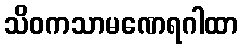
သိဝကသာမဏေရဂါထာ